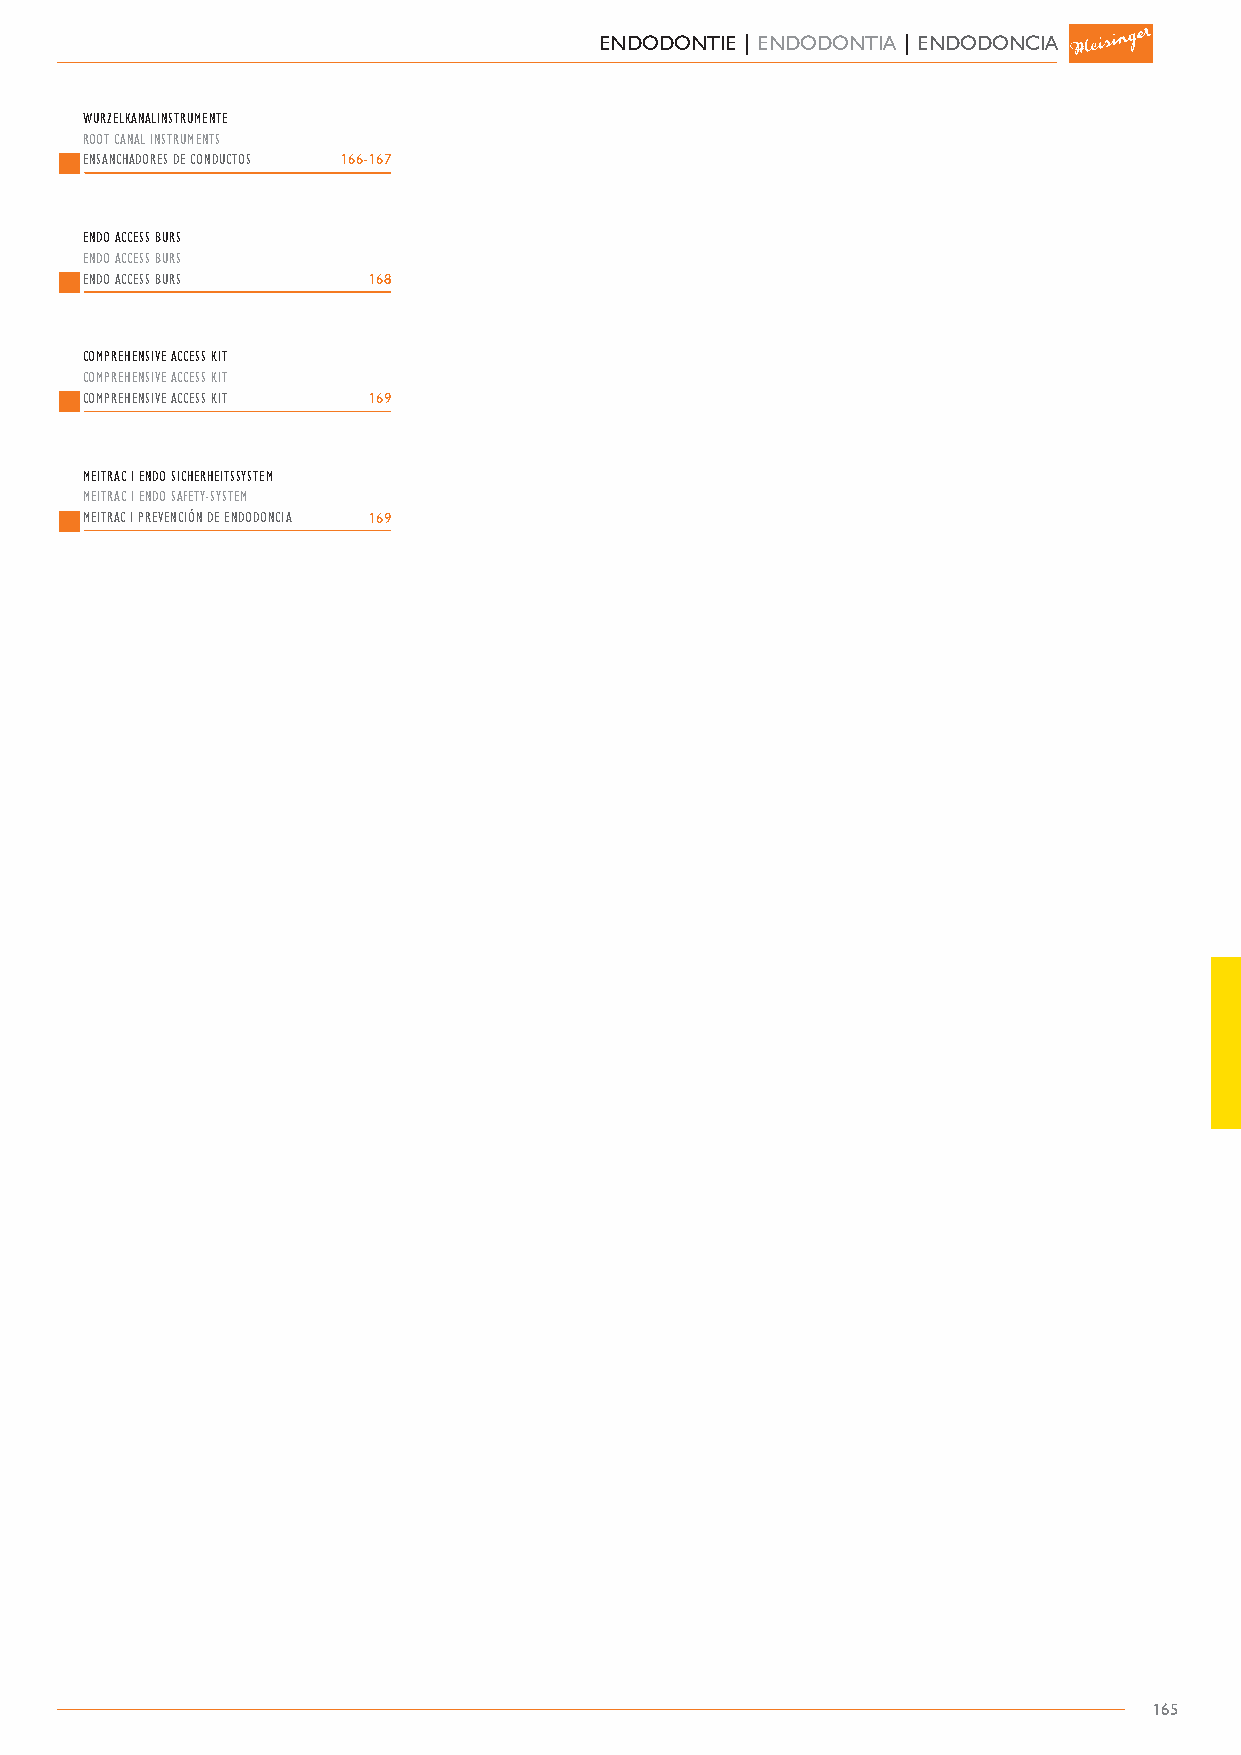
ENDODONTIE | ENDODONTIA | ENDODONCIA
 WURZELKANALINSTRUMENTE
 ROOT CANAL INSTRUMENTS
 ENSANCHADORES DE CONDUCTOS 166-167
 ENDO ACCESS BURS
 ENDO ACCESS BURS
 ENDO ACCESS BURS   168
 COMPREHENSIVE ACCESS KIT
 COMPREHENSIVE ACCESS KIT
 COMPREHENSIVE ACCESS KIT 169
 MEITRAC I ENDO SICHERHEITSSYSTEM
 MEITRAC I ENDO SAFETY-SYSTEM
 MEITRAC I PREVENCIÓN DE ENDODONCIA 169
 165